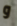
و